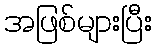
အဖြစ်များပြီး